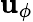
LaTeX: \mathbf{u}_{\phi}